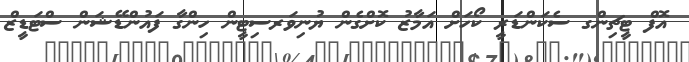
އޮފް ޓީޗިންގ ސެކަންޑަރީ ކޯހަށް އަމާޒު ކޮށްގެން ޔުނިވަރސިޓީން ހިންގާ ފައުންޑޭޝަން ސްޓަޑީޒް